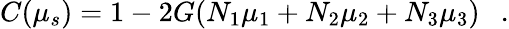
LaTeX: C(\mu_{s})=1-2G(N_{1}\mu_{1}+N_{2}\mu_{2}+N_{3}\mu_{3})~~~.